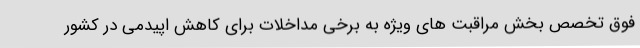
فوق تخصص بخش مراقبت های ویژه به برخی مداخلات برای کاهش اپیدمی در کشور